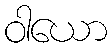
ဝါယော